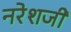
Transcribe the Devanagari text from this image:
नरेशजी